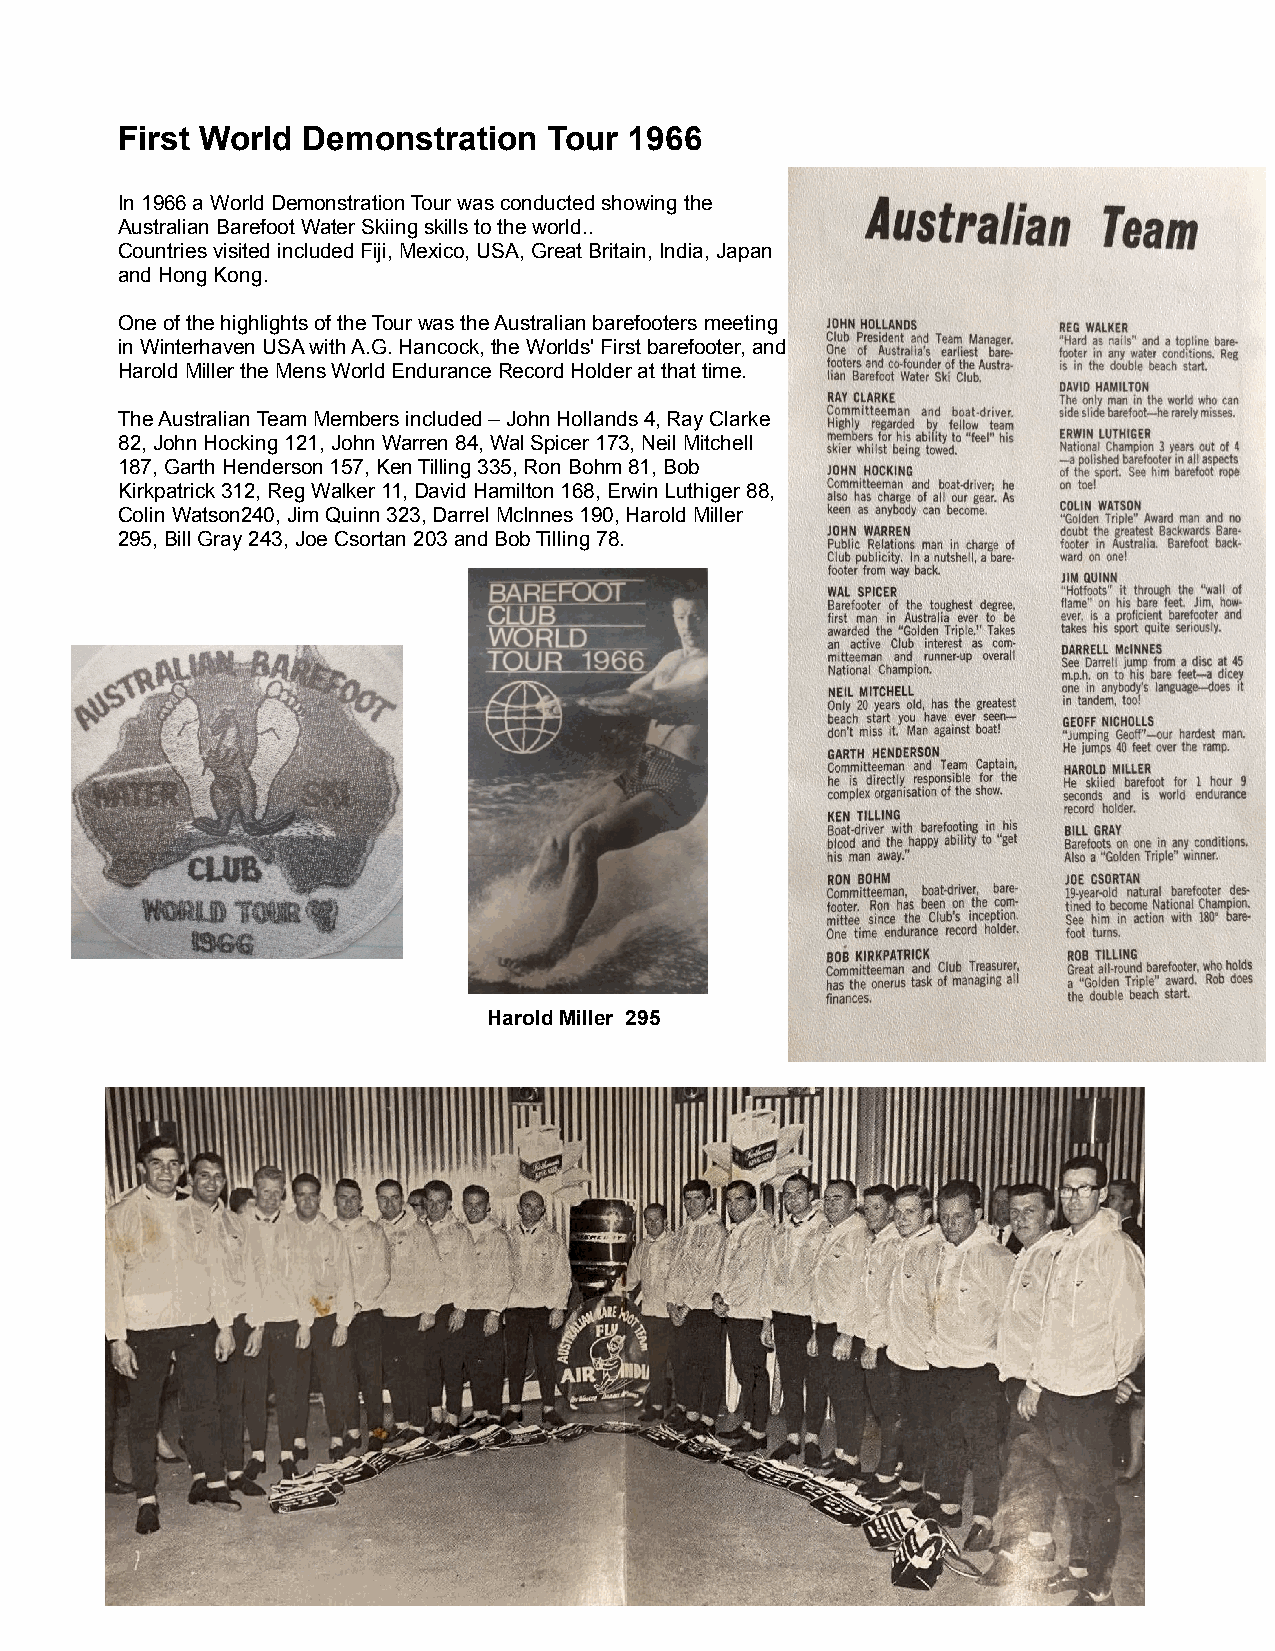
First World Demonstration   Tour  1966
 In 1966 a World Demonstration Tour was conducted showing the
 Australian Barefoot Water Skiing skills to the world..
 Countries visited included Fiji, Mexico, USA, Great Britain, India, Japan
 and Hong Kong.
 One of the highlights of the Tour was the Australian barefooters meeting
 in Winterhaven USA with A.G. Hancock, the Worlds' First barefooter, and
 Harold Miller the Mens World Endurance Record Holder at that time.
 The Australian Team Members included – John Hollands 4, Ray Clarke
 82, John Hocking 121, John Warren 84, Wal Spicer 173, Neil Mitchell
 187, Garth Henderson 157, Ken Tilling 335, Ron Bohm 81, Bob
 Kirkpatrick 312, Reg Walker 11, David Hamilton 168, Erwin Luthiger 88,
 Colin Watson240, Jim Quinn 323, Darrel McInnes 190, Harold Miller
 295, Bill Gray 243, Joe Csortan 203 and Bob Tilling 78.
 Harold Miller 295